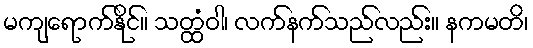
မကျရောက်နိုင်။ သတ္ထံဝါ၊ လက်နက်သည်လည်း။ နကမတိ၊